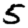
Digit: 5